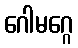
ဂေါမဂ္ဂေ